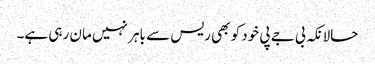
حالانکہ بی جے پی خود کو بھی ریس سے باہر نہیں مان رہی ہے۔